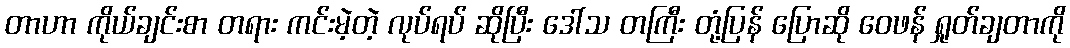
တာဟာ ကိုယ်ချင်းစာ တရား ကင်းမဲ့တဲ့ လုပ်ရပ် ဆိုပြီး ဒေါ်သ တကြီး တုံ့ပြန် ပြောဆို ဝေဖန် ရှုတ်ချတာကို